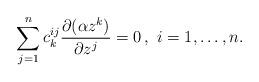
LaTeX: \begin{align*}\sum_{j=1}^nc^{ij}_k\frac{\partial(\alpha z^k)}{\partial z^j}=0\,,\,\,i=1,\ldots,n.\end{align*}